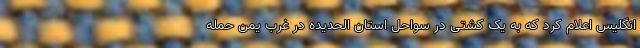
انگلیس اعلام کرد که به یک کشتی در سواحل استان الحدیده در غرب یمن حمله